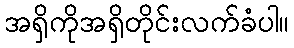
အရှိကိုအရှိတိုင်းလက်ခံပါ။